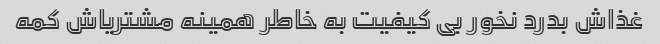
غذاش بدرد نخور بی کیفیت به خاطر همینه مشتریاش کمه